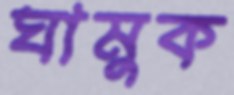
ঘামুক